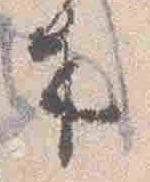
来